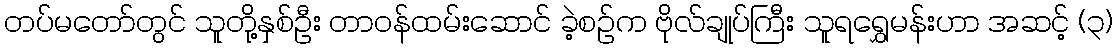
တပ်မတော်တွင် သူတို့နှစ်ဦး တာဝန်ထမ်းဆောင် ခဲ့စဉ်က ဗိုလ်ချုပ်ကြီး သူရရွှေမန်းဟာ အဆင့် (၃)